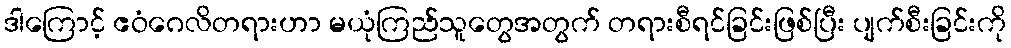
ဒါကြောင့် ဧဝံဂေလိတရားဟာ မယုံကြည်သူတွေအတွက် တရားစီရင်ခြင်းဖြစ်ပြီး ပျက်စီးခြင်းကို